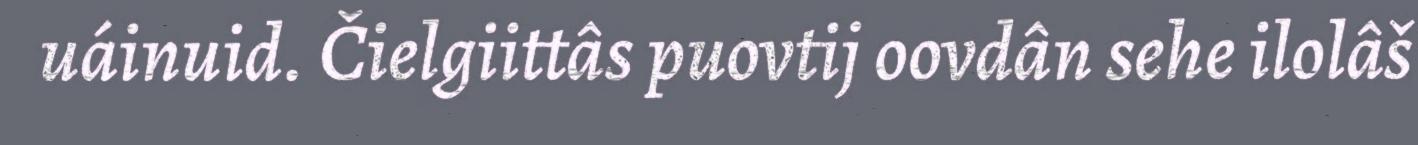
uáinuid. Čielgiittâs puovtij oovdân sehe ilolâš